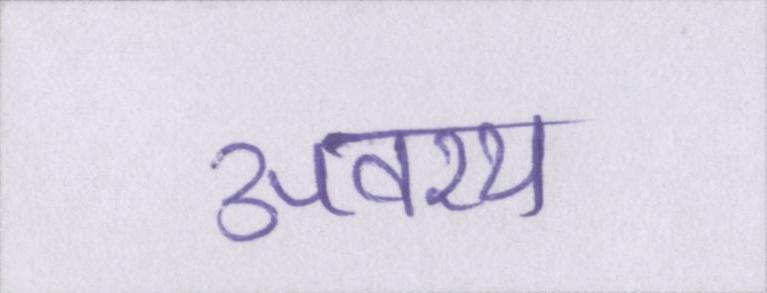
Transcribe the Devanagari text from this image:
अवश्य